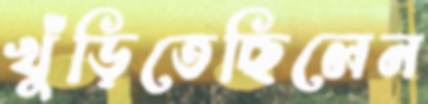
খুঁড়িতেছিলেন